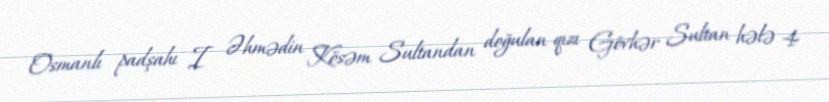
Osmanlı padşahı I Əhmədin Kösəm Sultandan doğulan qızı Gövhər Sultan hələ 4